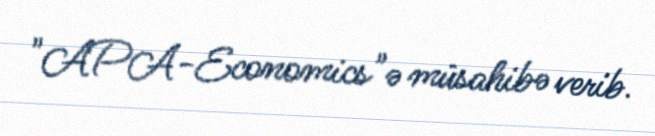
"APA-Economics"ə müsahibə verib.